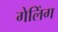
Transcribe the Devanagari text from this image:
गेलिंग